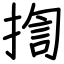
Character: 揈